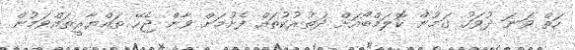
ހަތް ވަނަ ދުވަހު ގަމުން ކޮލަމްބޯއަށް ދަތުރުކުތައް ފެށުމަށް ވާން ޖެހޭ ތައްޔާރީތައްވަމުން